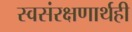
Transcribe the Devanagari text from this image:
स्वसंरक्षणार्थही